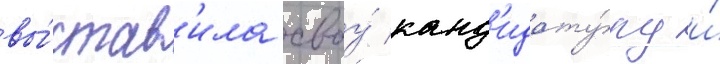
вы́став'ила своу́ канд'идату́ру и́